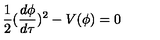
\frac { 1 } { 2 } ( \frac { d \phi } { d \tau } ) ^ { 2 } - V ( \phi ) = 0